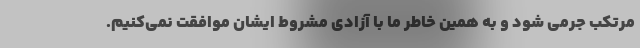
مرتکب جرمی شود و به همین خاطر ما با آزادی مشروط ایشان موافقت نمی‌کنیم.